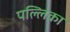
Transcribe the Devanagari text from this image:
पल्लिका